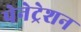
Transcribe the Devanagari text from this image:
पेनेट्रेशन